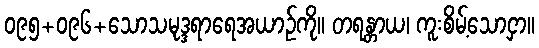
၀၉၅+၀၉၆+သောသမုဒ္ဒရာရေအယာဉ်ကို။ တရန္တာယ၊ ကူးစိမ့်သောငှာ။